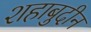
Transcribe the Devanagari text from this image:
शहाबुदीन